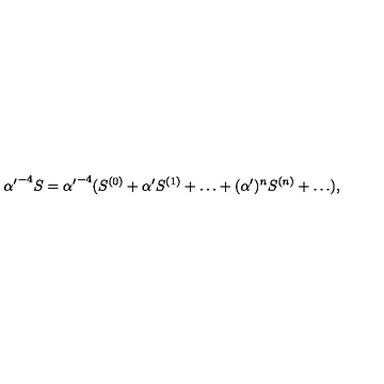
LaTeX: { { \alpha ^ { \prime } } ^ { - 4 } S = { \alpha ^ { \prime } } ^ { - 4 } ( S ^ { ( 0 ) } + { \alpha ^ { \prime } } S ^ { ( 1 ) } + \ldots + ( \alpha ^ { \prime } ) ^ { n } S ^ { ( n ) } + \ldots ) , }